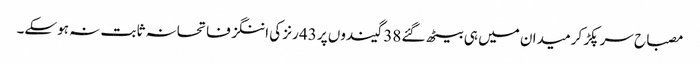
مصباح سر پکڑ کر میدان میں ہی بیٹھ گئے 38 گیندوں پر 43 رنز کی اننگز فاتحانہ ثابت نہ ہوسکے۔